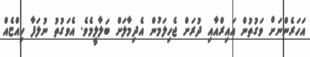
އަހަރެންނަށް ވަގުތުން އައިރްއާއި ދުރަށް ޖެހިލަމުން އެދިމާލަށް ބަލާލީމެވެ. އެވަގުތު ނުލަފާ ހިއްޏެއް